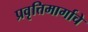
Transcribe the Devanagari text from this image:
प्रवृत्तिमार्गाचे